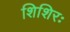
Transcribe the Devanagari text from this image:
शिशिरः